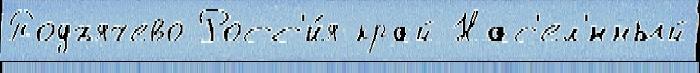
Подъячево Росс'и́я край Нас'ел'́нный